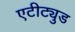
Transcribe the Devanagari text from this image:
एटीट्युड